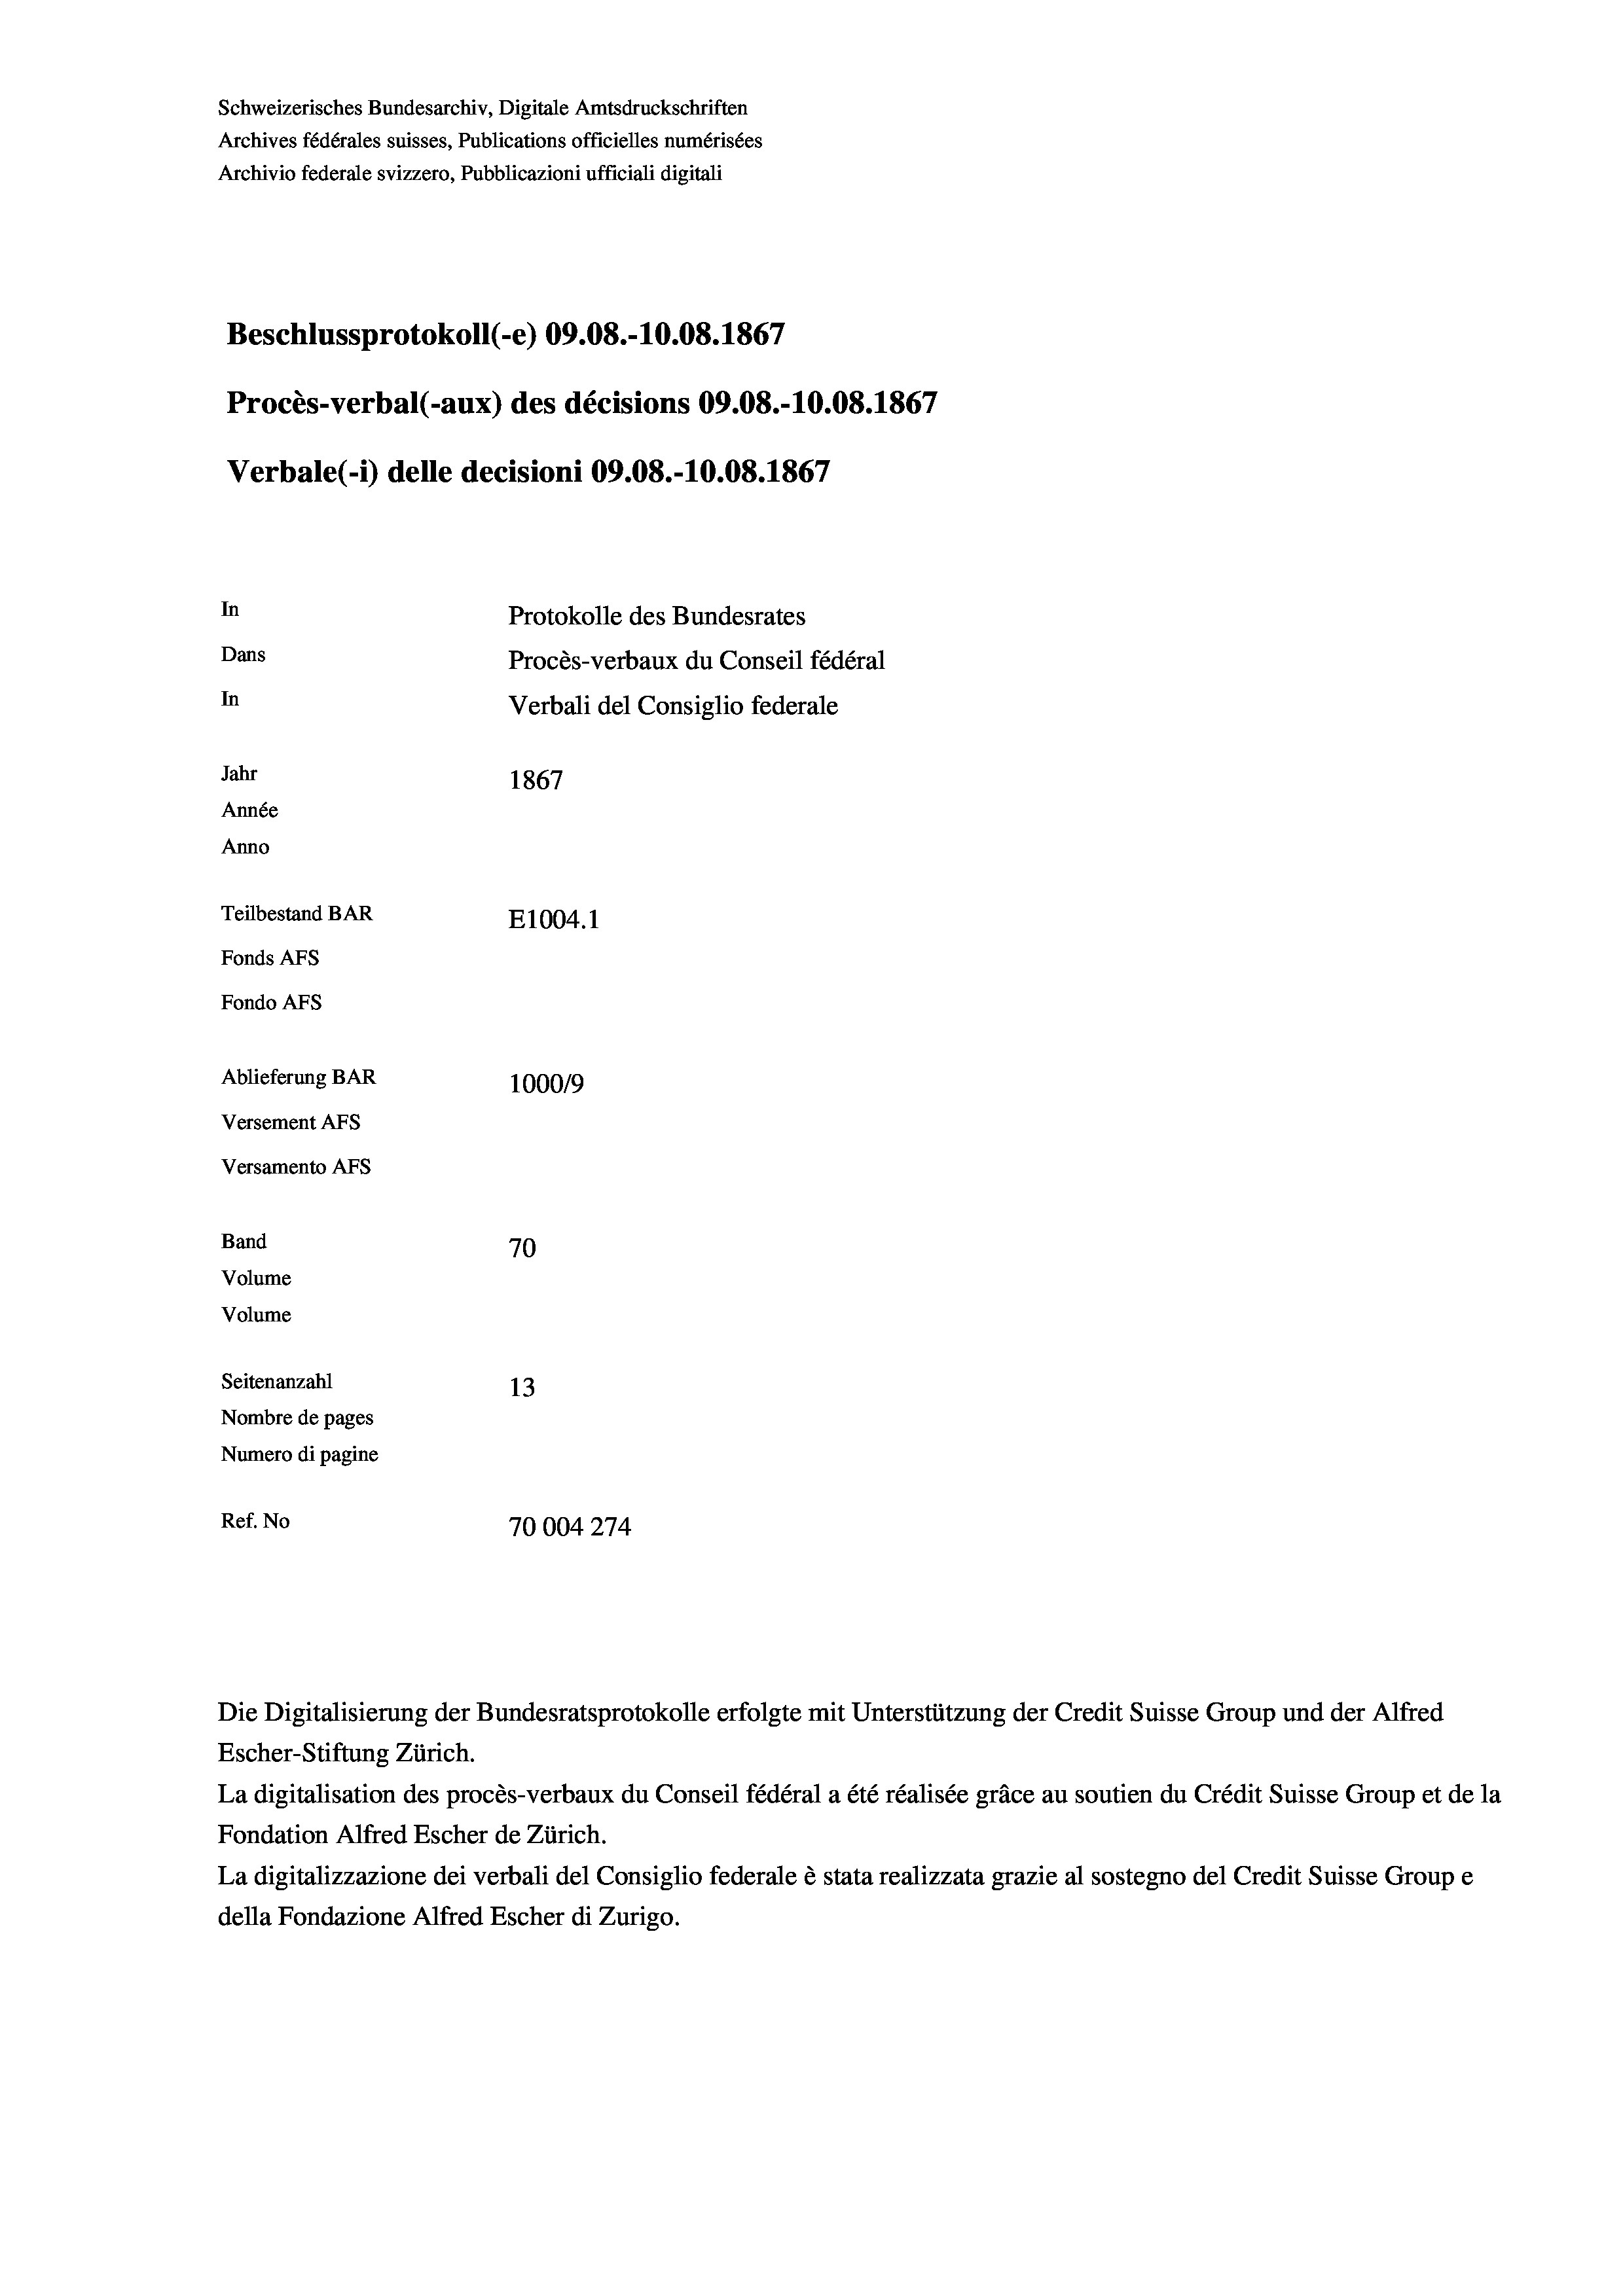
Schweizerisches Bundesarchiv, Digitale Amtsdruckschriften
Archives fédérales suisses, Publications officielles numérisées
Archivio federale svizzero, Pubblicazioni ufficiali digitali
Beschlussprotokoll (-e) 09.08.-10.08. 1867
Procès-verbal (-aux) des décisions 09.08.-10.08. 1867
Verbale(-*) delle decisioni 09.08.-10.08. 1867
In
Protokolle des Bundesrates
Dans
Procès-verbaux du Conseil fédéral
In
Verbali del Consiglio federale
Jahr
1867
Année
Anno
Teilbestand BAR
E1004.1
Fonds AFs
Fondo Afs
Ablieferung BAR
100019
Versement AFs
Versamento AFs
Band
70
Volume
Volume
Seitenanzahl
13
Nombre de pages
Numero di pagine
Ref. No
70004274

La digitalisation des procès-verbaux du Conseil fédéral a été réalisée gräce au soutien du Crédit Suisse Group et de la
Fondation Alfred Escher de Zürich.
La digitalizzazione dei verbali del Consiglio federale è stata realizzata grazie al sostegno del Credit Suisse Groupe
della Fondazione Alfred Escher di Zurigo.

Die Digitalisierung der Bundesratsprotokolle erfolgte mit Unterstützung der Credit Suisse Group und der Alfred
Escher-Stiftung Zürich.